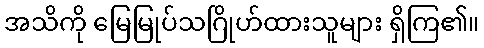
အသိကို မြေမြုပ်သဂြိုဟ်ထားသူများ ရှိကြ၏။